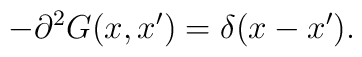
-\partial^2 G(x,x')=\delta(x-x').